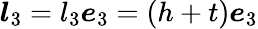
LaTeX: \boldsymbol{l}_{3}=l_{3}\boldsymbol{e}_{3}=(h+t)\boldsymbol{e}_{3}